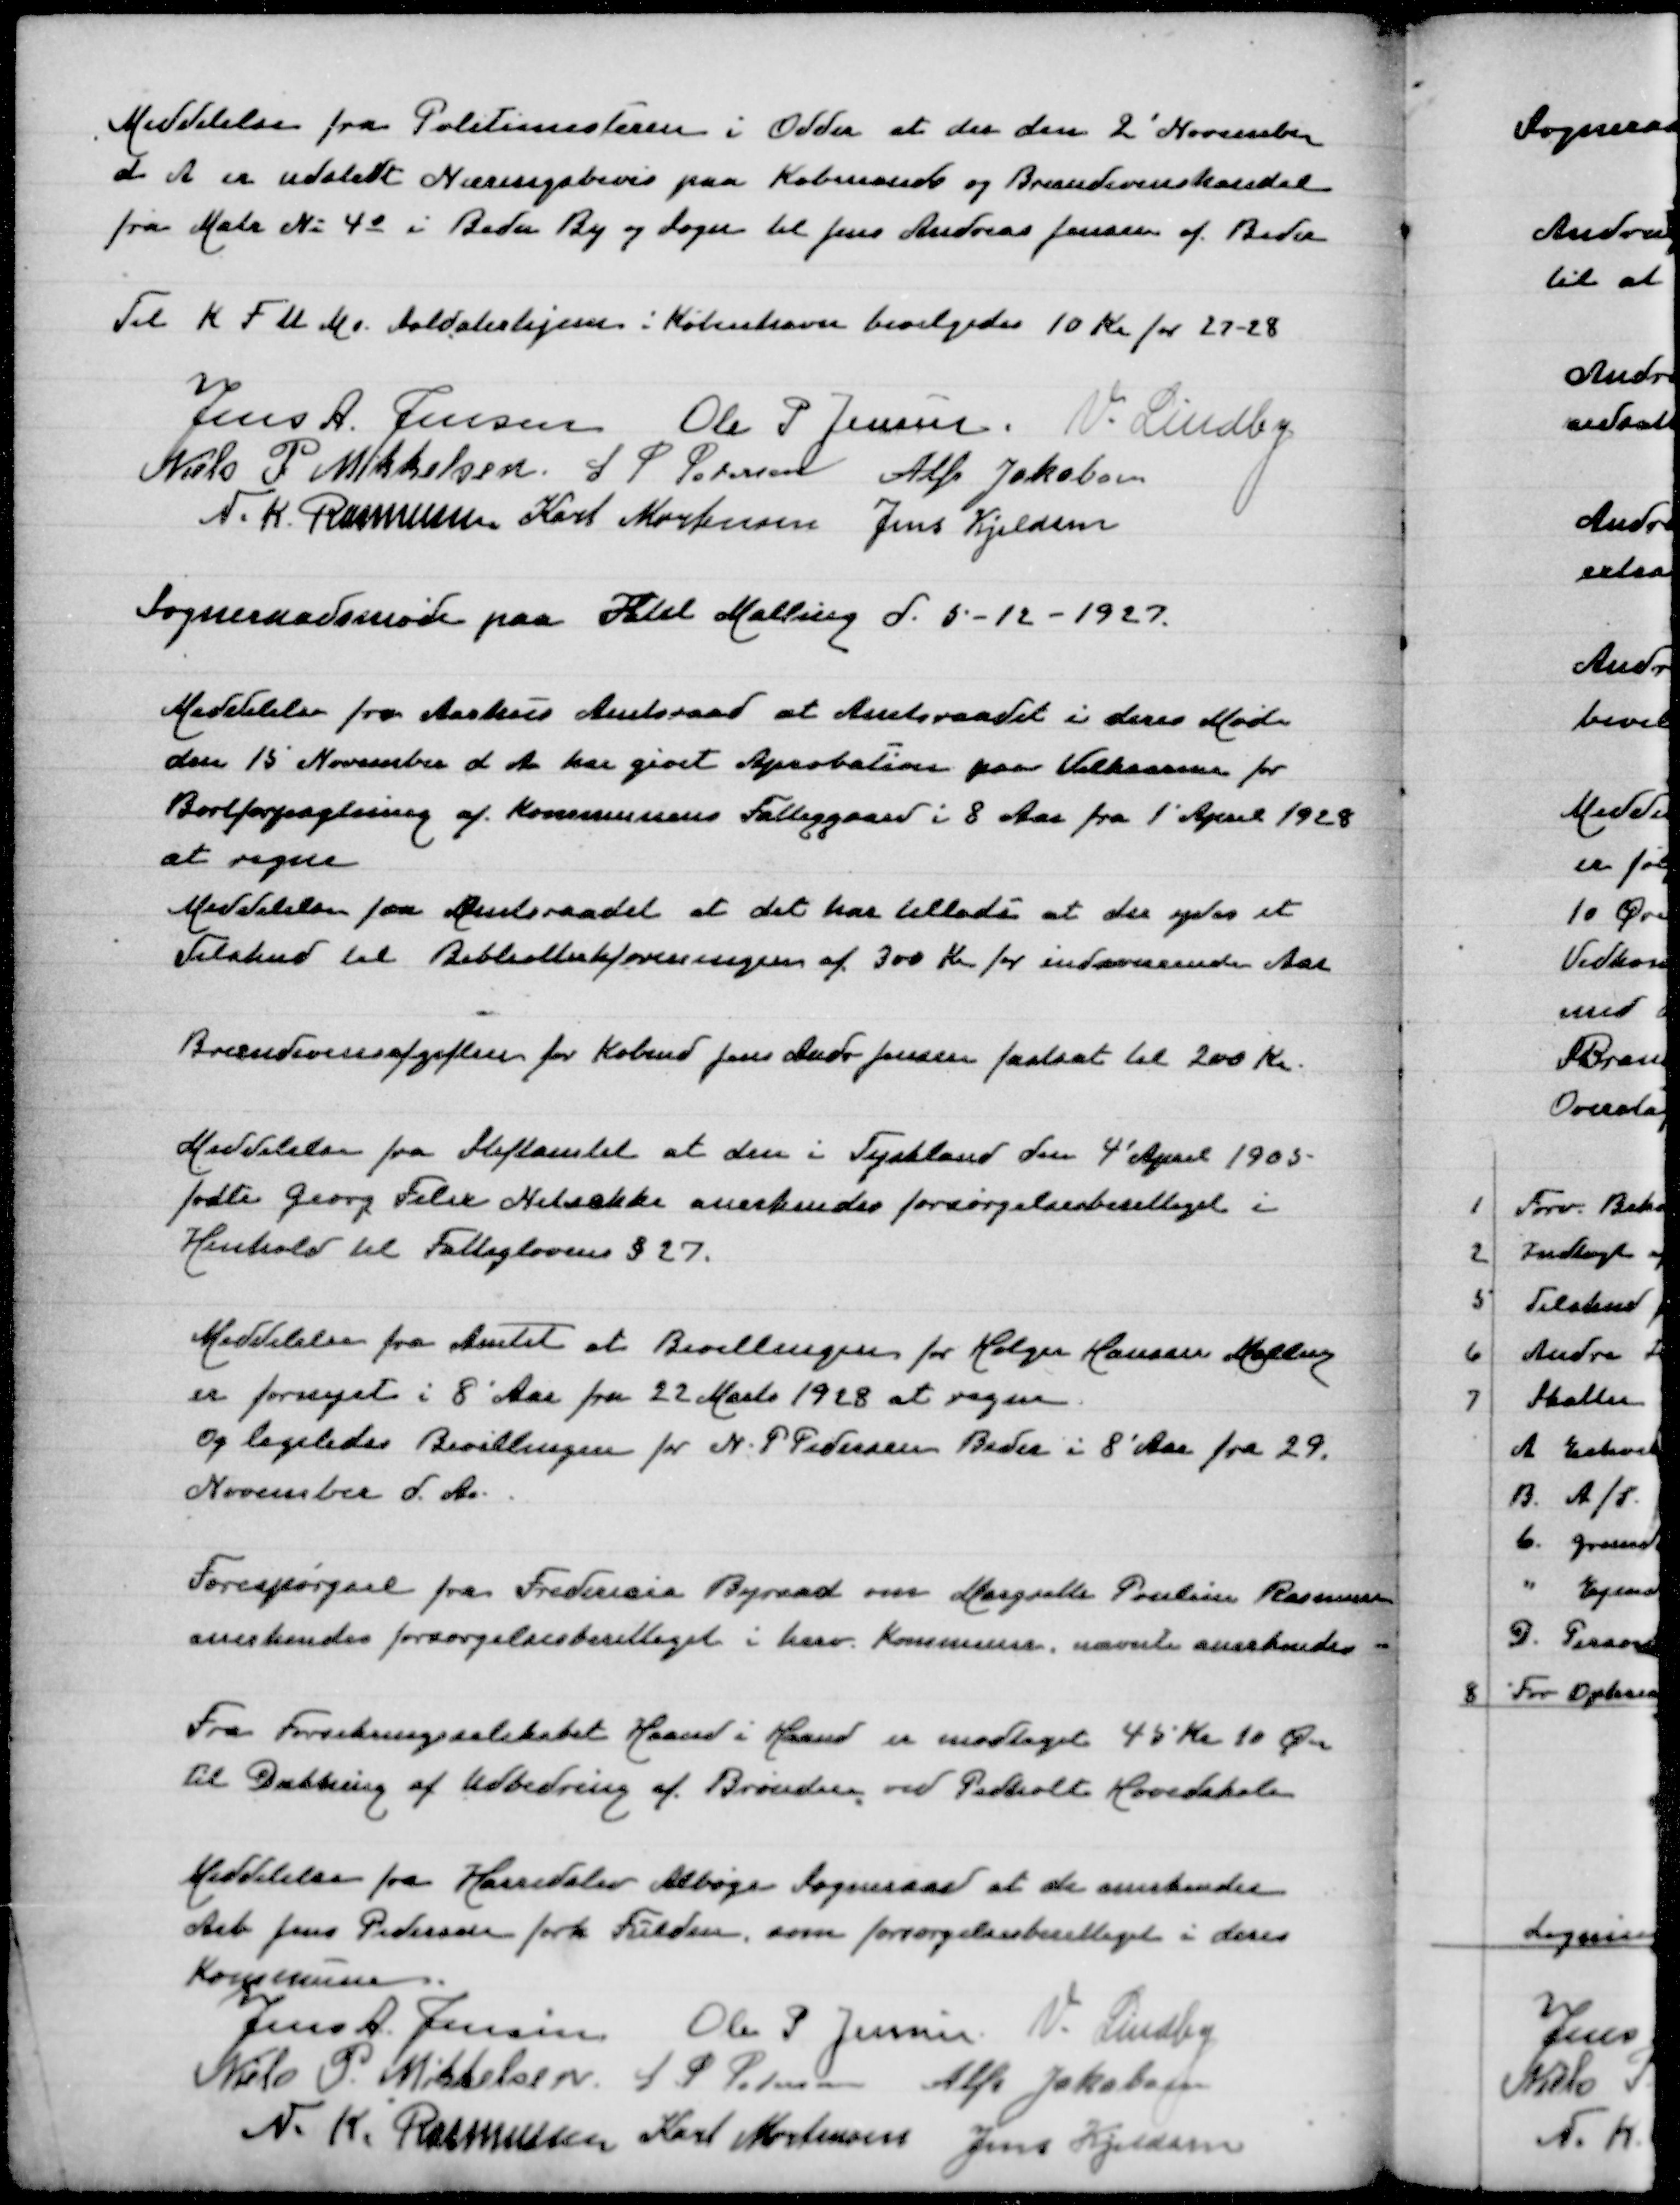
Transskription:
Meddelelse fra Politimesteren i Odder at der den 2' November
d A er udstedt Næringsbevis paa Købmands og Brændselshandel
fra Matr N. 4o i Beder By og Sogn til Jens Andreas Jensen af Beder

Til K F U Ms Soldaterhjem i København bevilgedes 10 Kr for 27-28

Jens A Jensen
Ole P Jensen
V Lindby
Niels P Mikkelsen
S P Pedersen
Alfr Jakobsen
N K Rasmussen
Karl Mortensen
Jens Kjeldsen

Sogneraadsmøde paa Hotel Malling d 5-12-1927

Meddelelse fra Aarhus Amtsraad at Amtsraadet i deres Møde
den 15 November d A har givet Aprobation paa Vilkaarene for
Bortforpagtning af Kommunens Fattiggaard i 8 Aar fra 1' April 1928
at regne
Meddelelse fra amtsraadet at det har tilladt at der ydes et
Tilskud til Biblioteksforeningen af 300 Kr for indværende Aar

Brændevinsafgiften for Købmd Jens Andr Jensen fastsat til 200 Kr

Meddelelse fra Stiftamtet at den i Tyskland den 4' August 1905
fødte Georg Felix Netsakke anerkendes forsørgelsesberettiget i
Henhold til Fattiglovens §27

Meddelelse fra Amtet at Bvillingen for Holger hansen Malling
er fornyet i 8 Aar fra 22 Marts 1928 at regne
og ligeledes Bevillingen for N P Pedersen Beder i 8 Aar fra 29.
November d A

Forespørgsel fra Fredericia Byraad om Margrethe Pouline Rasmussen
anerkendes forsørgelsesberettiget i herv Kommune , nævnte anerkendes

Fra Forsikringsselskabet Haand i Haand er modtaget 45 Kr 10 Øre
til Dækning af Udbedring af Brønden ved Pedholt Hovedskole

Meddelelse fra Harridslev Albøge Sogneraad at de anerkende
Arb Jens Pedersen forh Fulden, som forsørgelsesberettiget i deres
Kommune
Jens A Jensen
Ole P Jensen
V Lindby
Niels P Mikkelsen
S P Pedersen
Alfr Jakobsen
N K Rasmussen
Karl Mortensen
Jens Kjeldsen